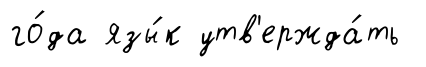
го́да язы́к утв'ержда́ть